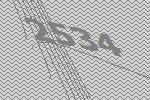
2534